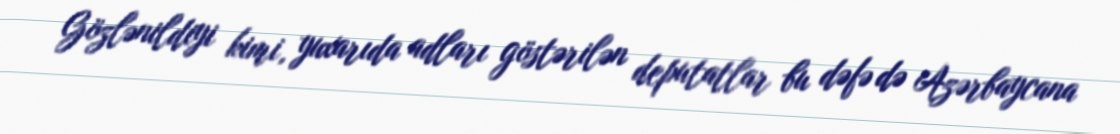
Gözlənildiyi kimi, yuxarıda adları göstərilən deputatlar bu dəfə də Azərbaycana